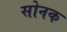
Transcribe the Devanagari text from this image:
सोनक